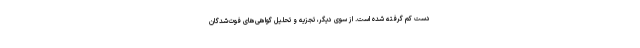
دست کم گرفته شده است. از سوی دیگر، تجزیه و تحلیل گواهی‌های فوت‌شدگان